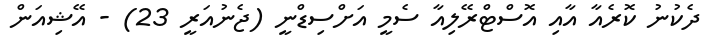
ދެކުނު ކޮރެއާ އާއި އޮސްޓްރޭލިއާ ސެމީ އަށްސިޑްނީ (ޖެނުއަރީ 23) - އޭޝިއަން